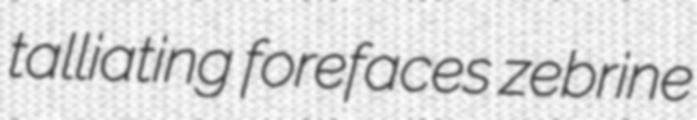
talliating forefaces zebrine